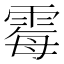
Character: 霉